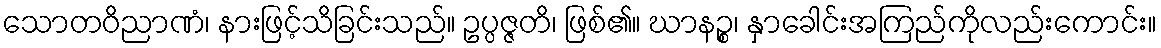
သောတဝိညာဏံ၊ နားဖြင့်သိခြင်းသည်။ ဥပ္ပဇ္ဇတိ၊ ဖြစ်၏။ ဃာနဉ္စ၊ နှာခေါင်းအကြည်ကိုလည်းကောင်း။